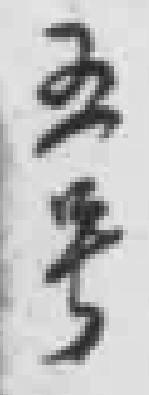
五号